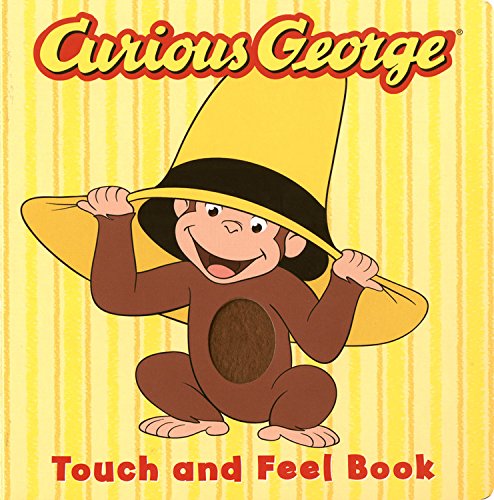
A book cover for Curious George the Movie: Touch and Feel Book; H. A. Rey; Children's Books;